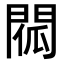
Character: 𨴧